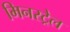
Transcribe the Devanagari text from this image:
मिनस्ट्रेल